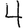
Digit: 4